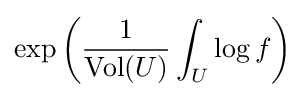
\exp \left({\frac {1}{{\hbox{Vol}}(U)}}\int _{U}\log f\right)